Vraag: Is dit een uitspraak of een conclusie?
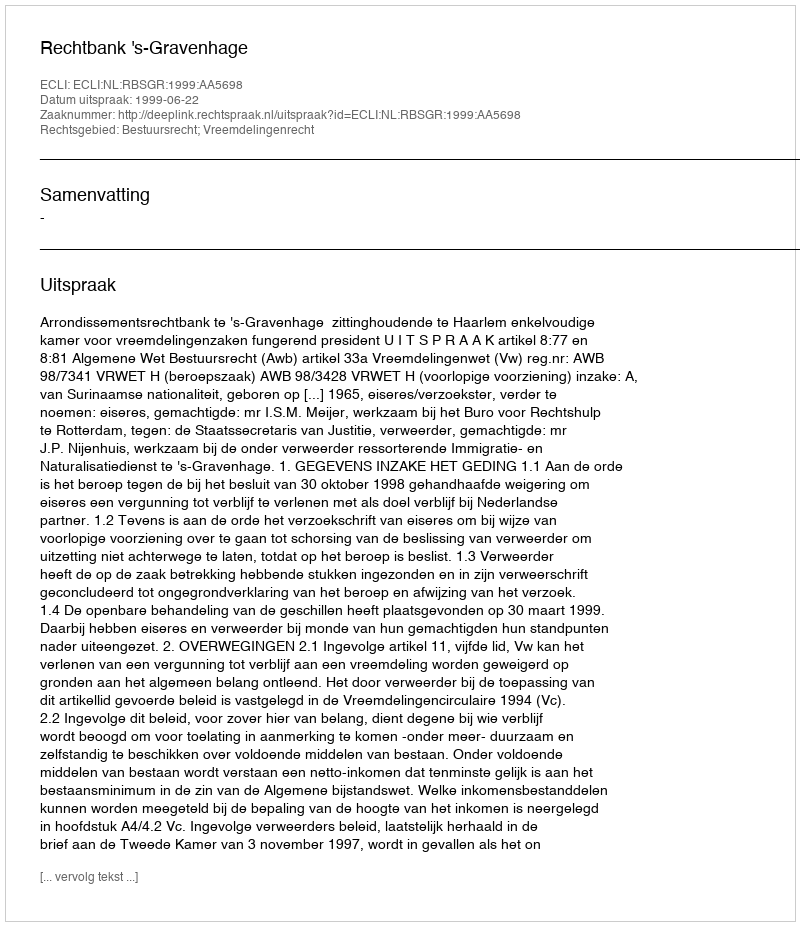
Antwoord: Uitspraak